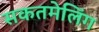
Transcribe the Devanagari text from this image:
सकतमेलिंग